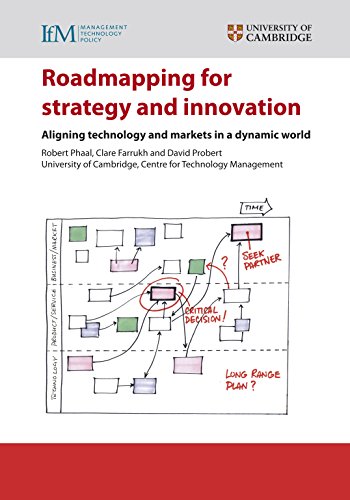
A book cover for Roadmapping for Strategy and Innovation: Aligning Technology and Markets in a Dynamic World; Robert Phaal; Business & Money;